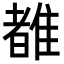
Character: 𬯯